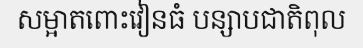
សម្អាតពោះវៀនធំ បន្សាបជាតិពុល